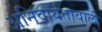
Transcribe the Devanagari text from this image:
अनिवार्यतावाली